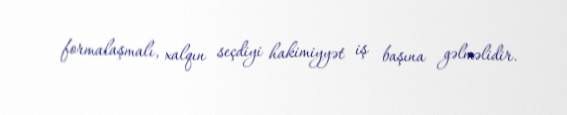
formalaşmalı, xalqın seçdiyi hakimiyyət iş başına gəlməlidir.